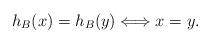
LaTeX: \begin{align*}h_B(x) = h_B(y) \Longleftrightarrow x = y.\end{align*}